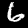
Label: 6